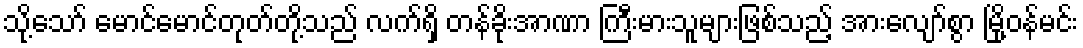
သို့သော် မောင်မောင်တုတ်တို့သည် လက်ရှိ တန်ခိုးအာဏာ ကြီးမားသူများဖြစ်သည့် အားလျော်စွာ မြို့ဝန်မင်း